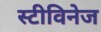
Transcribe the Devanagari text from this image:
स्टीविनेज